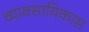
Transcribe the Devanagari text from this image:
व्यावसायिकास